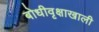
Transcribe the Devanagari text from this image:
बोधीवृक्षाखाली